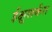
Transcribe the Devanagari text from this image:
ईक्षुशर्करा